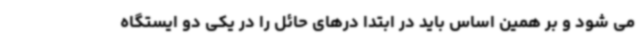
می شود و بر همین اساس باید در ابتدا درهای حائل را در یکی دو ایستگاه